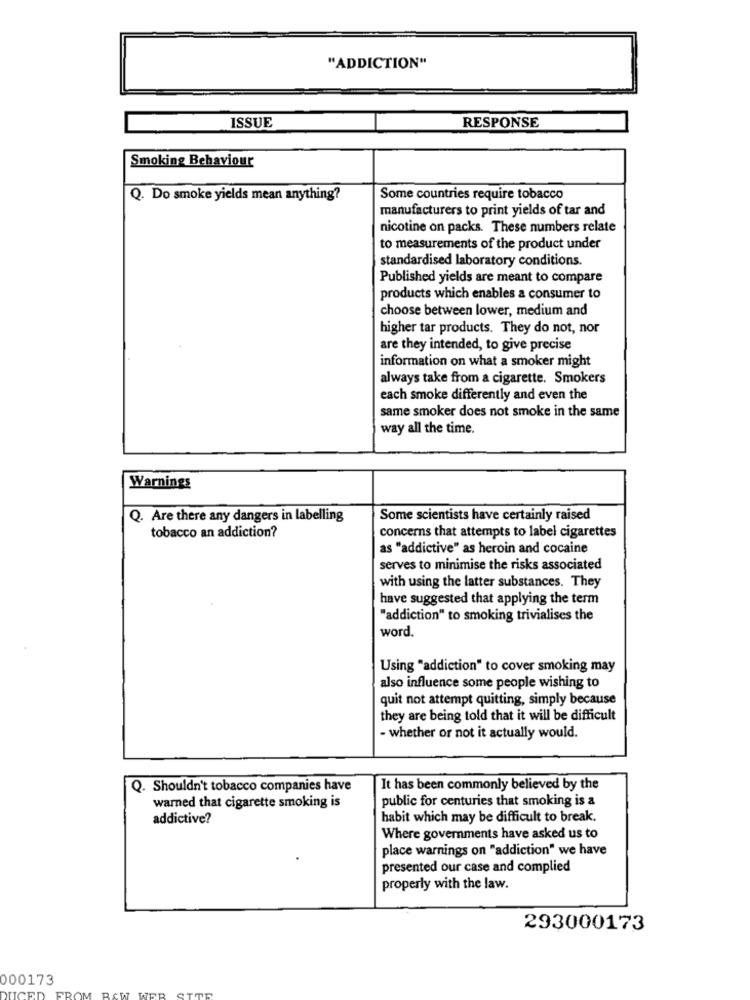
"ADDICTION"
ISSUE
RESPONSE
Smoking Behaviour
Q. Do smoke yields mean anything?
Some countries require tobacco
manufacturers to print yields of tar and
nicotine on packs. These numbers relate
to measurements of the product under
standardised laboratory conditions.
Published yields are meant to compare
products which enables a consumer to
choose between lower, medium and
higher tar products. They do not, nor
are they intended, to give precise
information on what a smoker might
always take from a cigarette. Smokers
each smoke differently and even the
same smoker does not smoke in the same
way all the time.
Warnings
Q. Are there any dangers in labelling
Some scientists have certainly raised
tobacco an addiction?
concerns that attempts to label cigarettes
as "addictive" as heroin and cocaine
serves to minimise the risks associated
with using the latter substances. They
have suggested that applying the term
"addiction" to smoking trivialises the
word.
Using "addiction" to cover smoking may
also influence some people wishing to
quit not attempt quitting, simply because
they are being told that it will be difficult
- whether or not it actually would.
Q. Shouldn't tobacco companies have
It has been commonly believed by the
warned that cigarette smoking is
public for centuries that smoking is a
addictive?
habit which may be difficult to break.
Where governments have asked us to
place warnings on "addiction" we have
presented our case and complied
properly with the law.
293000173
000173
WER STTR
UCED
FROM